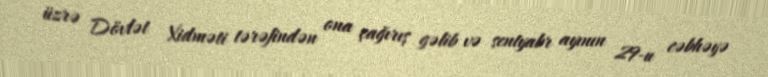
üzrə Dövlət Xidməti tərəfindən ona çağırış gəlib və sentyabr ayının 29-u cəbhəyə